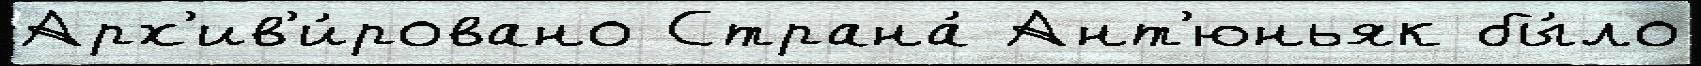
Арх'ив'и́ровано Страна́ Ант'юньяк бы́ло